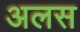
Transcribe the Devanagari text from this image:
अलस